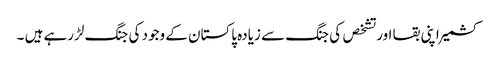
کشمیر اپنی بقا اور تشخص کی جنگ سے زیادہ پاکستان کے وجود کی جنگ لڑرہے ہیں ۔